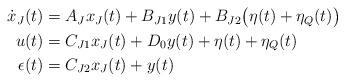
LaTeX: \begin{align*} \begin{aligned} \dot x_J(t)&=A_Jx_J(t)+B_{J1}y(t)+B_{J2}\bigl(\eta(t)+\eta_Q(t)\bigr) \\ u(t)&=C_{J1}x_J(t)+D_0y(t)+\eta(t)+\eta_Q(t) \\ \epsilon(t)&=C_{J2}x_J(t)+y(t) \end{aligned} \end{align*}